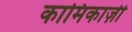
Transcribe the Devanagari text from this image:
कामिकाज़ी